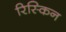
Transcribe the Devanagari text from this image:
रिस्किन